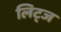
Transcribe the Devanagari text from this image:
लिट्ज